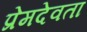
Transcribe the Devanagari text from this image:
प्रेमदेवता